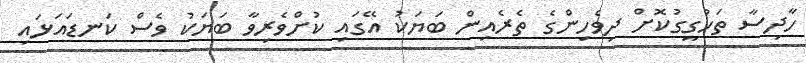
ހާދިސާ ތަހުގީގުކޮށް ދިވެހިންގެ ތެރެއިން ބަޔަކު އޭގައި ކުށްވެރިވާ ބަޔަކު ވެސް ކަނޑައަޅައި